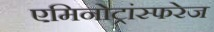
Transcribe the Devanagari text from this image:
एमिनोट्रांस्फरेज